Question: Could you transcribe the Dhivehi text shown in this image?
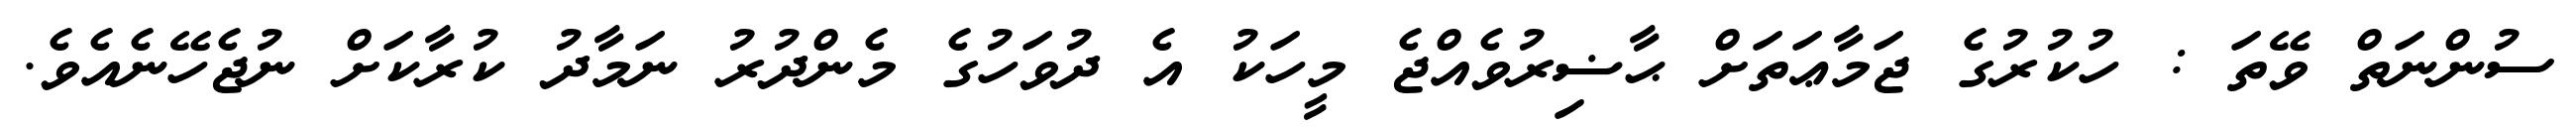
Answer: ސުންނަތް ވޭތަ : ހުކުރުގެ ޖަމާޢަތަށް ޙާޟިރުވެއްޖެ މީހަކު އެ ދުވަހުގެ މެންދުރު ނަމާދު ކުރާކަށް ނުޖެހޭނެއެވެ.